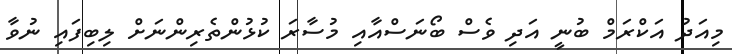
މިއަދު އަކްރަމް ބުނީ އަދި ވެސް ބޯނަސްއާއި މުސާރަ ކުޅުންތެރިންނަށް ލިބިފައި ނުވާ